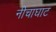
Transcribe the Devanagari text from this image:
नीचाघाट